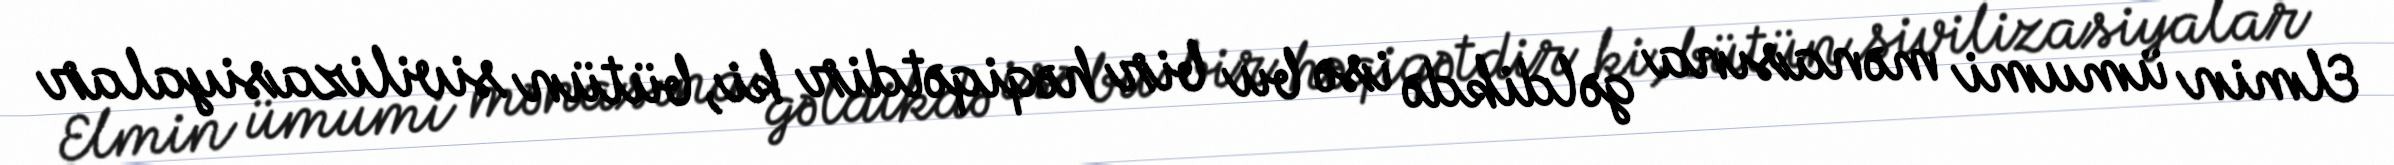
Elmin ümumi mənasına gəldikdə isə bu bir həqiqətdir ki, bütün sivilizasiyalar